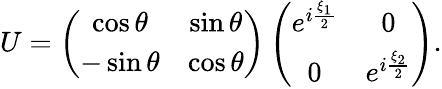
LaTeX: U=\left(\begin{array}{cc}{{\cos\theta}}&{{\sin\theta}}\\ {{-\sin\theta}}&{{\cos\theta}}\end{array}\right)\left(\begin{array}{cc}{{e^{i\frac{\xi_{1}}{2}}}}&{{0}}\\ {{0}}&{{e^{i\frac{\xi_{2}}{2}}}}\end{array}\right).